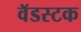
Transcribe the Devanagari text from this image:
वॅडस्टक